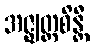
အဇ္ဈတ္တစိန္တီ